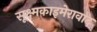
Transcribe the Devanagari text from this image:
सूक्ष्मकाइमेरावाद